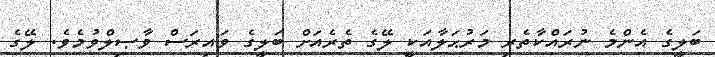
ބަލީގެ އެންމެ ނުރައްކާތެރި މަރުޙަލާއަކީ ލޭގެ ތެރެއަށް ބަލީގެ ވައިރަސް ވާޞިލްވުމެވެ. ލޭގެ